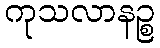
ကုသလာနဉ္စ